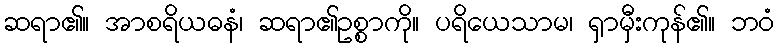
ဆရာ၏။ အာစရိယဓနံ၊ ဆရာ၏ဥစ္စာကို။ ပရိယေသာမ၊ ရှာမှီးကုန်၏။ ဘဝံ